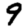
Digit: 9